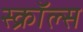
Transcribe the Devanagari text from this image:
स्क्रॉल्स